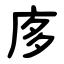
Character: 㢁